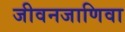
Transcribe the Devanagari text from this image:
जीवनजाणिवा